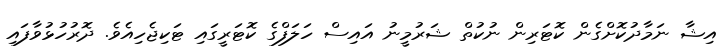
އިޝާ ނަމާދުކޮށްގެން ކޮޓަރިން ނުކުތް ޝަރުމީނު އައިސް ހަލަފްގެ ކޮޓަރީގައި ޓަކިޖެހިއެވެ. ދޮރުހުޅުވާފައި